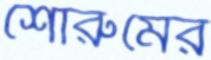
শোরুমের